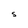
Character: S